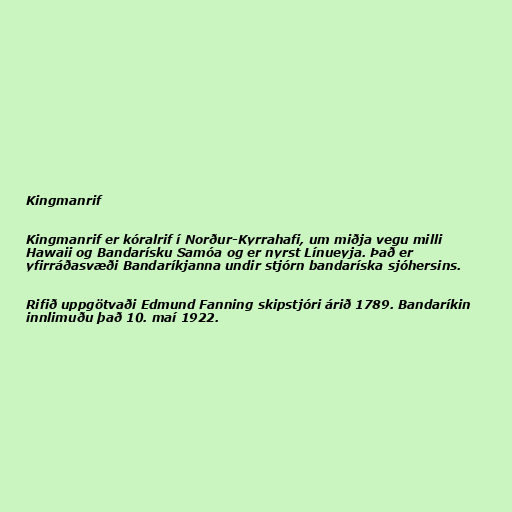
Kingmanrif

Kingmanrif er kóralrif í Norður-Kyrrahafi, um miðja vegu milli
Hawaii og Bandarísku Samóa og er nyrst Línueyja. Það er
yfirráðasvæði Bandaríkjanna undir stjórn bandaríska sjóhersins.

Rifið uppgötvaði Edmund Fanning skipstjóri árið 1789. Bandaríkin
innlimuðu það 10. maí 1922.